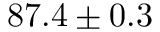
8 7 . 4 \pm 0 . 3